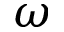
\omega